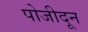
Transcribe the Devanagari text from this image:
पोजीदून